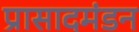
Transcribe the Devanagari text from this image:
प्रासादमंडन